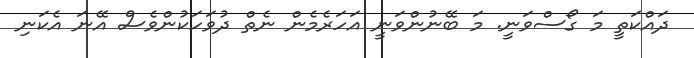
ދައްކަތީ މަ ގޯސްވަނީ. މަ ބޭނުންވަނީ އަހަރެމެން ނެތް ދުވަހަކުންވެސް އޭނަ އެކަނި